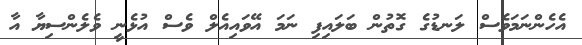
އެހެންނަމަވެސް ލަނޑުގެ ގޮތުން ބަލައިފި ނަމަ އޭވައިއެލް ވެސް އުޅެނީ ވެލެންސިޔާ އާ